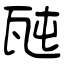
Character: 瓲